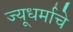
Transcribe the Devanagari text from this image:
ज्यूधर्माचे